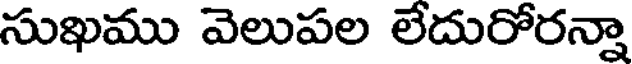
సుఖము వెలుపల లేదురోరన్నా